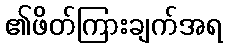
၏ဖိတ်ကြားချက်အရ